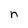
Character: n